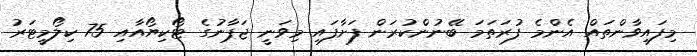
މިފައިވާންތައް އެންމެ ފުރަތަމަ ބޭނުންކުރަން ފަށާފައި މިވަނީ ޖަޕާނުގެ ޓޯކިޔޯއާއި 75 ކިލޯމީޓަރު